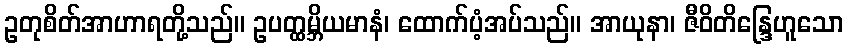
ဥတုစိတ်အာဟာရတို့သည်။ ဥပတ္ထမ္ဘိယမာနံ၊ ထောက်ပံ့အပ်သည်။ အာယုနာ၊ ဇီဝိတိန္ဒြေဟူသော